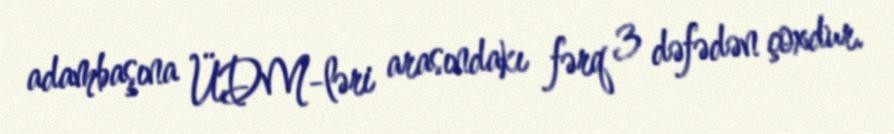
adambaşına ÜDM-ləri arasındakı fərq 3 dəfədən çoxdur.